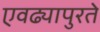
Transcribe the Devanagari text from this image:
एवढ्यापुरते